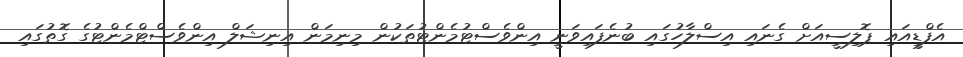
އެފްޑީއައި ޕޮލިސީއަށް ގެނައި އިސްލާހުގައި ބުނެފައިވަނީ އިންވެސްޓުމެންޓުތަކުން މިނިމަން އިނިޝަލް އިންވެސްޓްމެންޓުގެ ގޮތުގައި